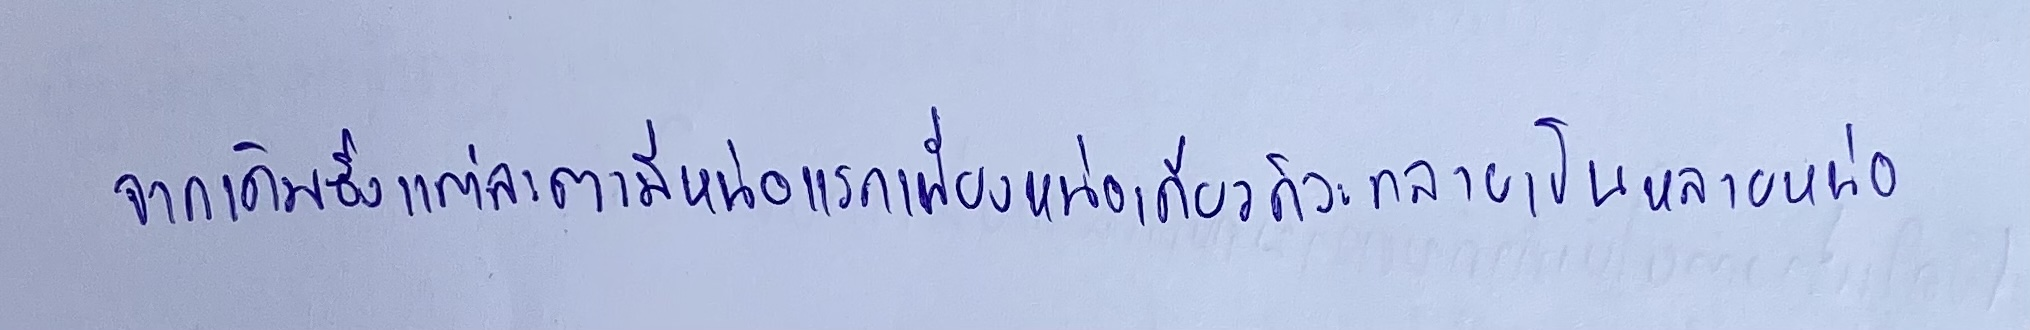
จากเดิมซึ่งแต่ละตามีหน่อแรกเพียงหน่อเดียวก็จะกลายเป็นหลายหน่อ